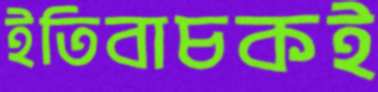
ইতিবাচকই